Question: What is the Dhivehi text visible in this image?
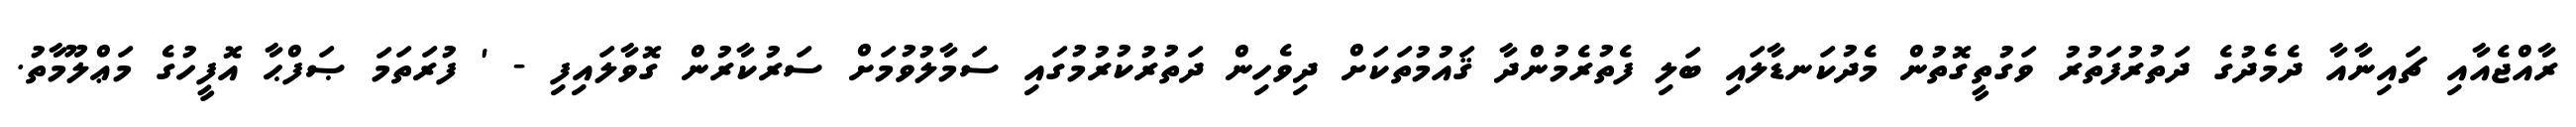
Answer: ރާއްޖެއާއި ޗައިނާއާ ދެމެދުގެ ދަތުރުފަތުރު ވަގުތީގޮތުން މެދުކަނޑާލައި ބަލި ފެތުރެމުންދާ ޤައުމުތަކަށް ދިވެހިން ދަތުރުކުރުމުގައި ސަމާލުވުމަށް ސަރުކާރުން ގޮވާލައިފި - ' ފުރަތަމަ ޞަފްޙާ އޮފީހުގެ މަޢްލޫމާތު.